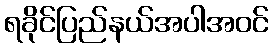
ရခိုင်ပြည်နယ်အပါအဝင်